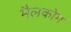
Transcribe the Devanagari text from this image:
मैलकोम